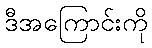
ဒီအကြောင်းကို